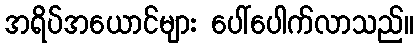
အရိပ်အယောင်များ ပေါ်ပေါက်လာသည်။